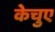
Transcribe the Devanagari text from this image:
केचुए